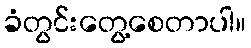
ခံတွင်းတွေ့စေတာပါ။